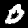
Label: 0